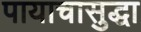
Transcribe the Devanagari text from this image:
पायाचासुद्धा